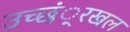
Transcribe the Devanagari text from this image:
उच्छं्रखल